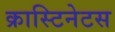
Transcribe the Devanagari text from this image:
क्रास्टिनेटस